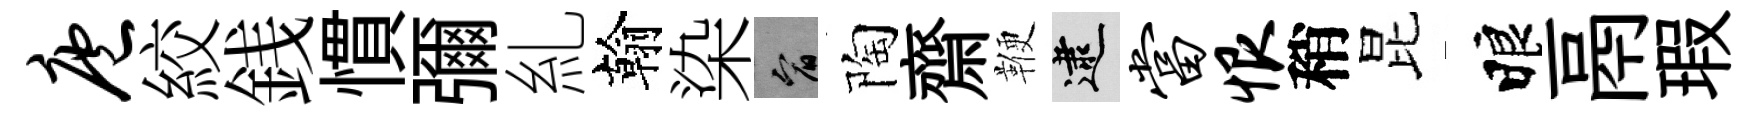
庖絞銭慣彌糺翰染宥陶齋鞭逮当恨稍昆睱鬲瑕